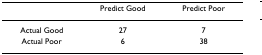
|  | Predict Good | Predict Poor |
 | --- | --- | --- |
 | Actual Good | 27 | 7 |
 | Actual Poor | 6 | 38 |